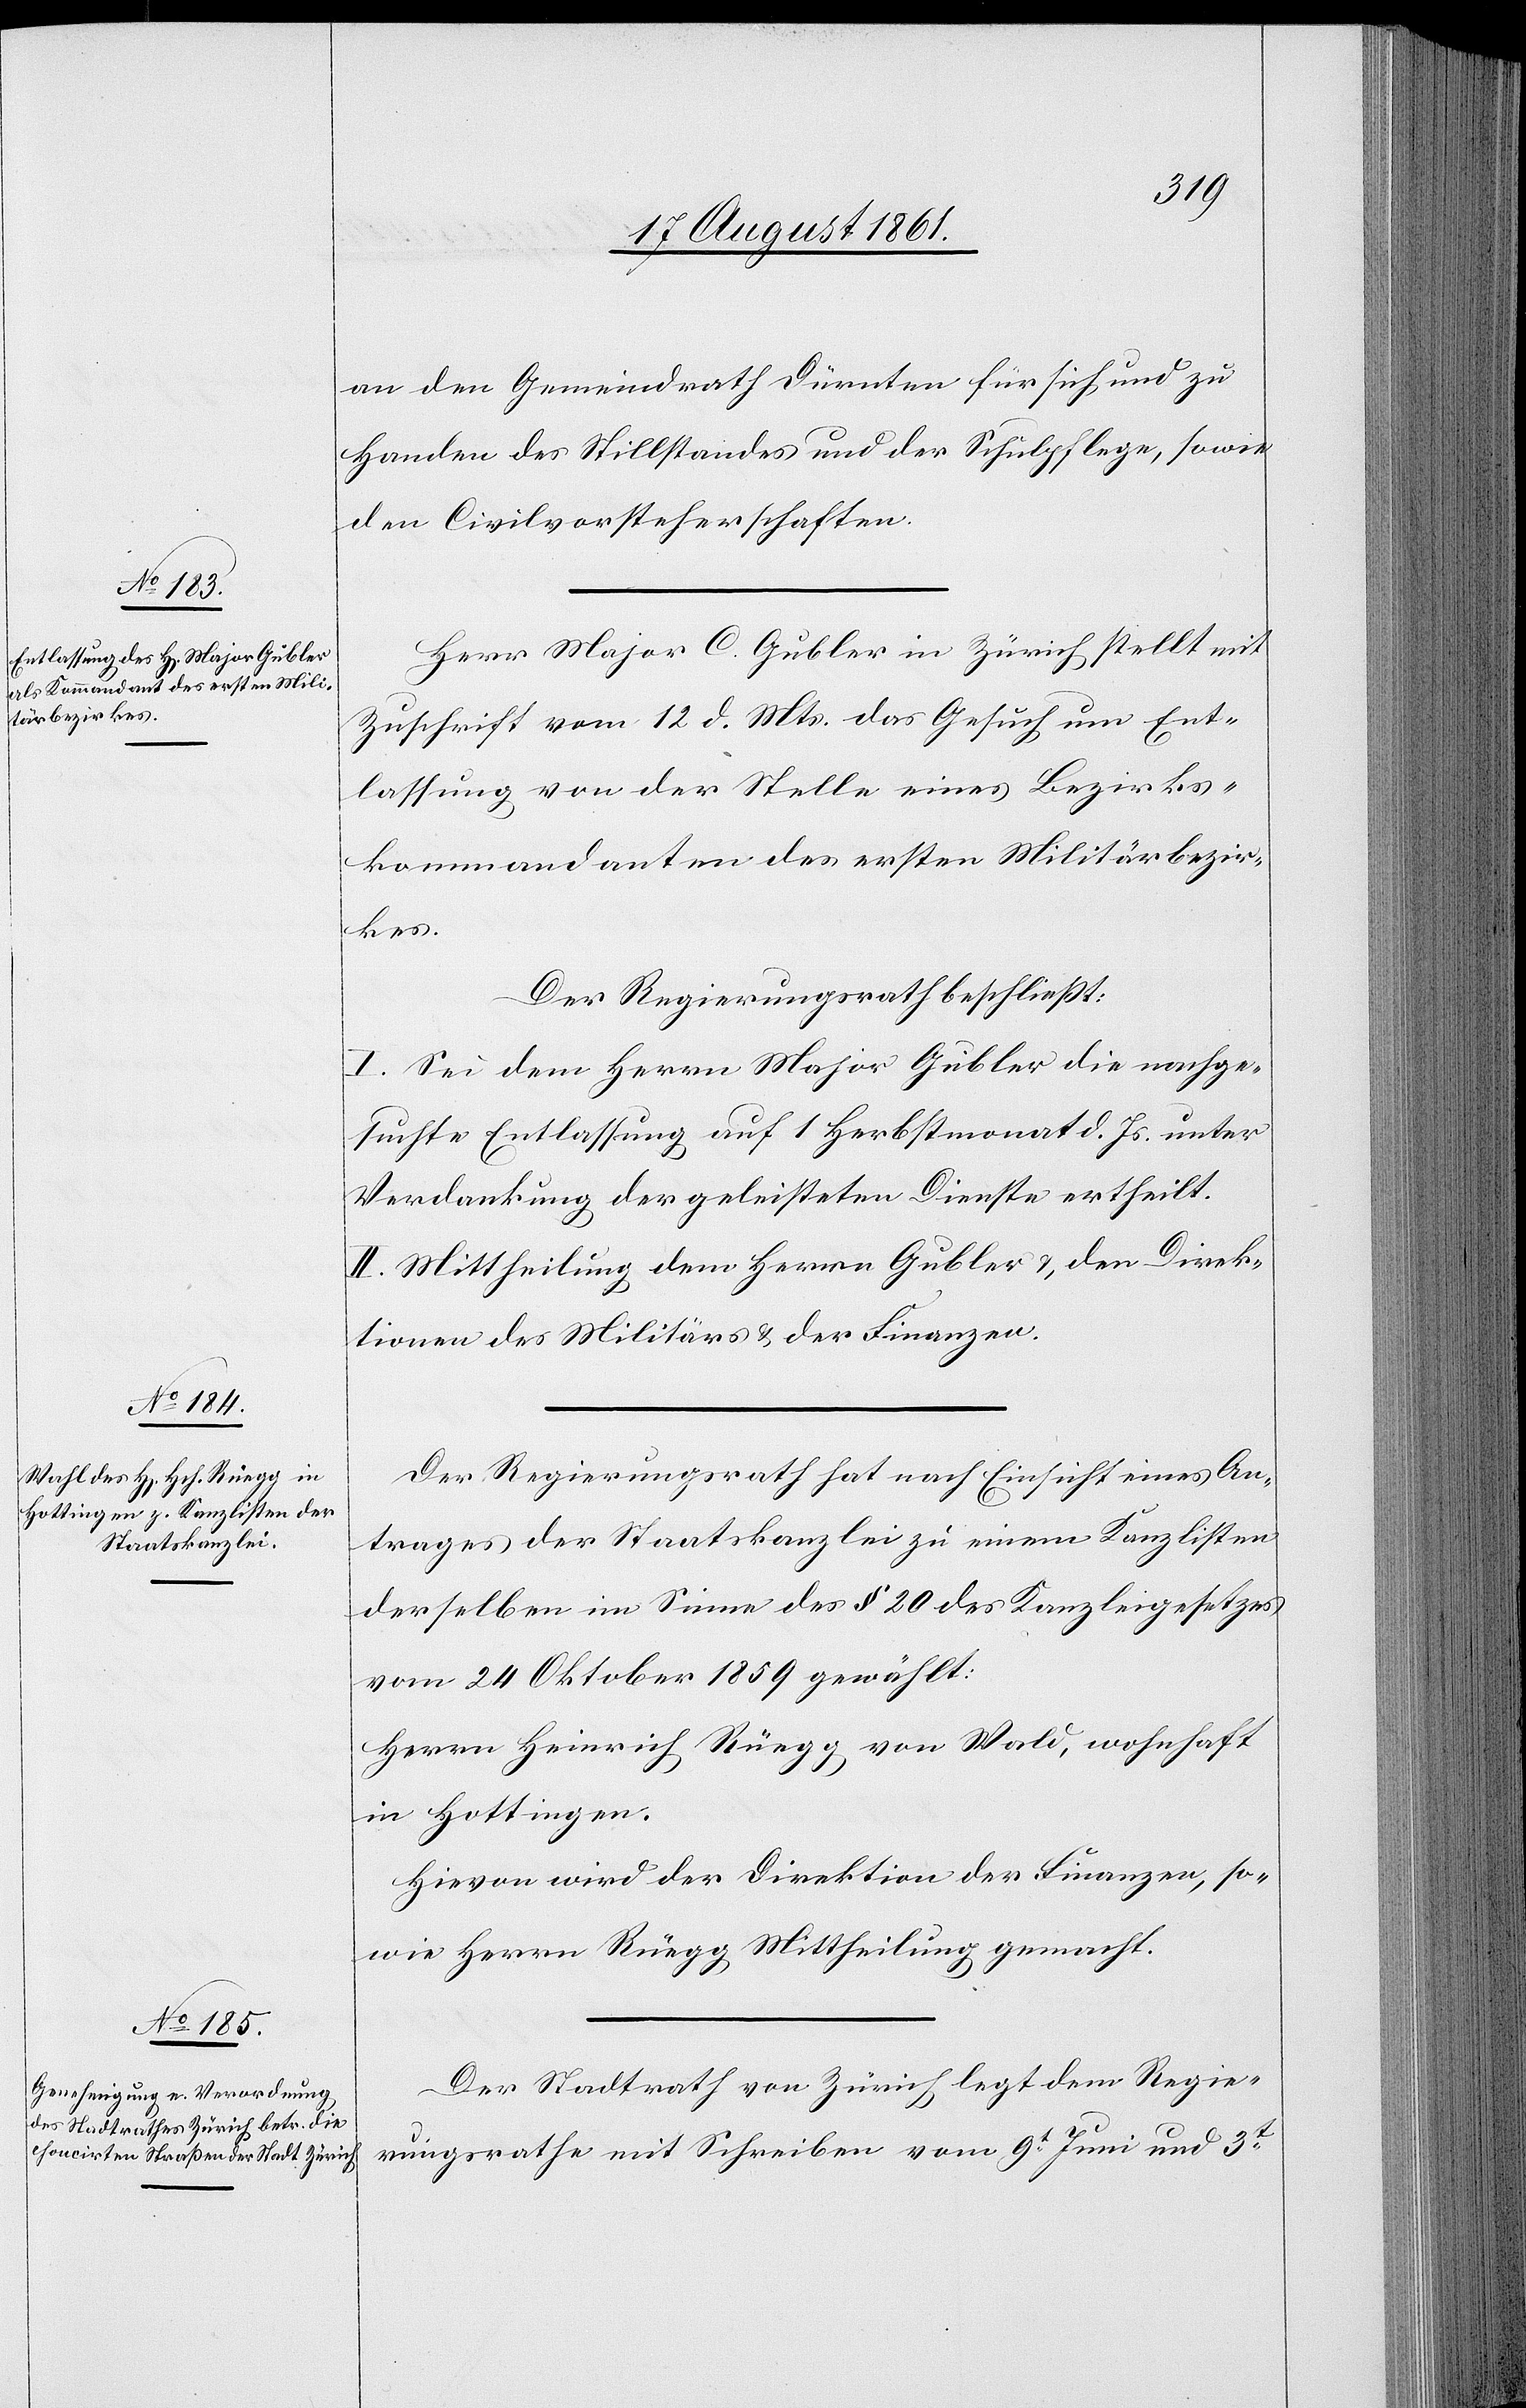
an den Gemeindrath Dürnten für sich und zu
Handen des Stillstandes und der Schulpflege, sowie
den Civilvorsteherschaften.
Herr Major C. Gubler in Zürich stellt mit
Zuschrift vom 12 d. Mts. das Gesuch um Ent¬
lassung von der Stelle eines Bezirks¬
kommandanten des ersten Militärbezir¬
kes.
Der Regierungsrath beschließt:
I. Sei dem Herrn Major Gubler die nachge¬
suchte Entlassung auf 1 Herbstmonat d. Js. unter
Verdankung der geleisteten Dienste ertheilt.
II. Mittheilung dem Herrn Gubler u. den Direk¬
tionen des Militärs u. der Finanzen.
Der Regierungsrath hat nach Einsicht eines An¬
trages der Staatskanzlei zu einem Kanzlisten
derselben im Sinne des § 20 des Kanzleigesetzes
vom 24 Oktober 1859 gewählt:
Herrn Heinrich Rüegg von Wald, wohnhaft
in Hottingen.
Hievon wird der Direktion der Finanzen, so¬
wie Herrn Rüegg Mittheilung gemacht.
Der Stadtrath von Zürich legt dem Regie¬
rungsrathe mit Schreiben vom 9t Juni und 3t